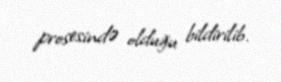
prosesində olduğu bildirilib.